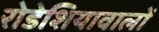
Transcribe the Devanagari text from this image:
रोडेशियावालों